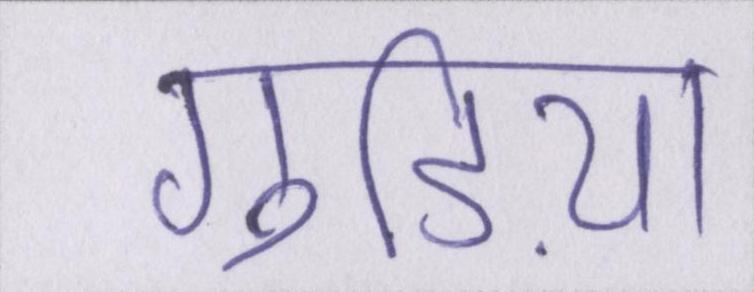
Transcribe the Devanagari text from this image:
गुड़िया